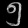
Digit: ၅